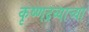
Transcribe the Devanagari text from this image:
कृष्णद्रव्याच्या